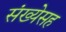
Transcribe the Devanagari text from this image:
संख्येसह